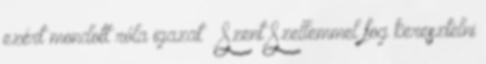
ezért mondott róla igazat – Szent Szellemmel fog keresztelni